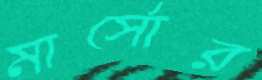
মার্সোর